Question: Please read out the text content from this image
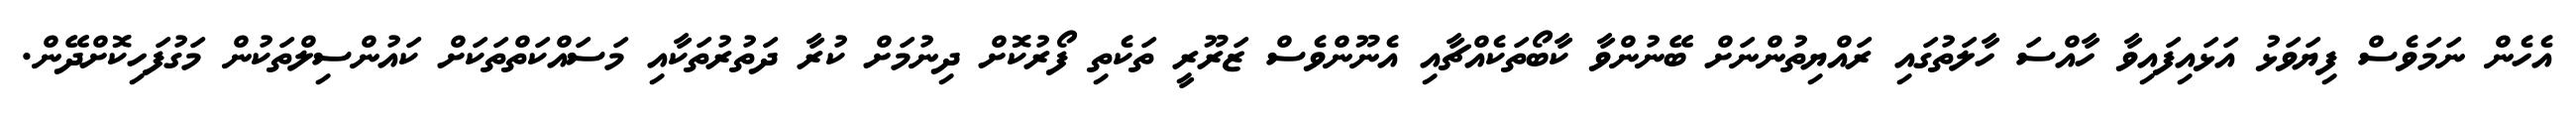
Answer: އެހެން ނަމަވެސް ފިޔަވަޅު އަޅައިފައިވާ ހާއްސަ ހާލަތުގައި ރައްޔިތުންނަށް ބޭނުންވާ ކާބޯތަކެއްޗާއި އެނޫންވެސް ޒަރޫރީ ތަކެތި ފޯރުކޮށް ދިނުމަށް ކުރާ ދަތުރުތަކާއި މަސައްކަތްތަކަށް ކައުންސިލްތަކުން މަގުފަހިކޮށްދޭން.